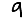
Digit: 9